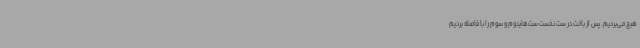
هیچ می‌بردیم. پس از باخت در ست نخست ست‌هایدوم و سوم را با فاصله بردیم